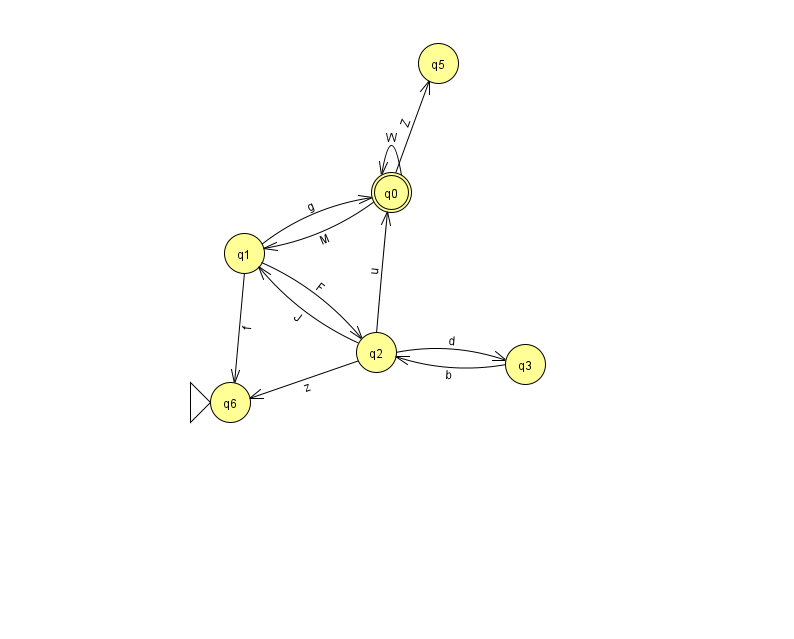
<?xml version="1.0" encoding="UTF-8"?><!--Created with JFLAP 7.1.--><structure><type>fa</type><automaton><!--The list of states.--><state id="0" name="q0"><x>391.0</x><y>179.0</y><final/></state><state id="1" name="q1"><x>244.0</x><y>240.0</y></state><state id="2" name="q2"><x>376.0</x><y>339.0</y></state><state id="3" name="q3"><x>525.0</x><y>351.0</y></state><state id="5" name="q5"><x>438.0</x><y>50.0</y></state><state id="6" name="q6"><x>230.0</x><y>389.0</y><initial/></state><!--The list of transitions.--><transition><from>1</from><to>0</to><read>g</read></transition><transition><from>1</from><to>2</to><read>F</read></transition><transition><from>3</from><to>2</to><read>b</read></transition><transition><from>2</from><to>0</to><read>u</read></transition><transition><from>2</from><to>3</to><read>d</read></transition><transition><from>1</from><to>6</to><read>f</read></transition><transition><from>0</from><to>0</to><read>W</read></transition><transition><from>0</from><to>1</to><read>M</read></transition><transition><from>2</from><to>6</to><read>z</read></transition><transition><from>0</from><to>5</to><read>Z</read></transition><transition><from>2</from><to>1</to><read>J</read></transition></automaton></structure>